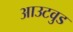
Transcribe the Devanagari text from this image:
आउटवुड